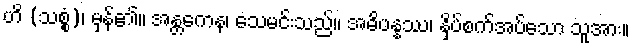
ဟိ (သစ္စံ)၊ မှန်၏။ အန္တကေန၊ သေမင်းသည်။ အဓိပန္နဿ၊ နှိပ်စက်အပ်သော သူအား။